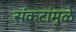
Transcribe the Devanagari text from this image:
संकटांमुळे